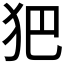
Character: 𤜱